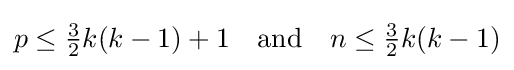
p\leq {\tfrac {3}{2}}k(k-1)+1\quad {\text{and}}\quad n\leq {\tfrac {3}{2}}k(k-1)